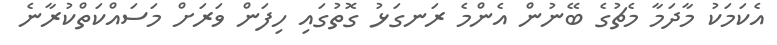
އެކަމަކު މާދަމާ މެޗުގެ ބޭނުން އެންމެ ރަނގަޅު ގޮތުގައި ހިފަން ވަރަށް މަސައްކަތްކުރާނެ